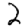
Digit: 2